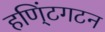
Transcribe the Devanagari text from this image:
हणि्ंटगटन